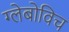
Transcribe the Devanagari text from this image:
ग्लेबोविच